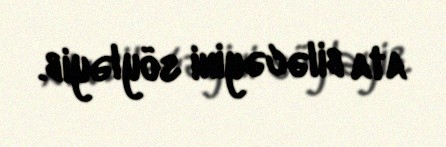
ata biləcəyini söyləyib.